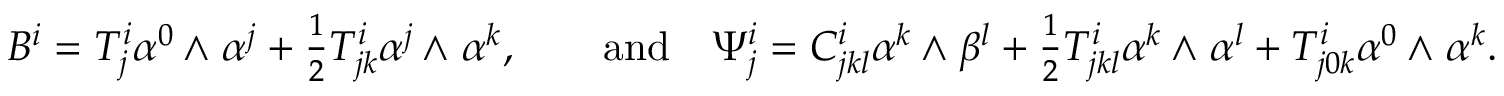
B ^ { i } = T _ { j } ^ { i } \alpha ^ { 0 } { \, { \wedge } \; } \alpha ^ { j } + \textstyle { \frac 1 2 } T _ { j k } ^ { i } \alpha ^ { j } { \, { \wedge } \; } \alpha ^ { k } , \qquad \mathrm { a n d } \quad \Psi _ { j } ^ { i } = C _ { j k l } ^ { i } \alpha ^ { k } { \, { \wedge } \; } \beta ^ { l } + \textstyle { \frac 1 2 } T _ { j k l } ^ { i } \alpha ^ { k } { \, { \wedge } \; } \alpha ^ { l } + T _ { j 0 k } ^ { i } \alpha ^ { 0 } { \, { \wedge } \; } \alpha ^ { k } .